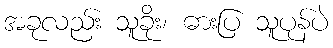
အခုလည်း သူခိုး၊ ဓားပြ သူပုန်ပဲ